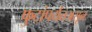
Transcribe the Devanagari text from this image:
फुटांपर्यंतअसून